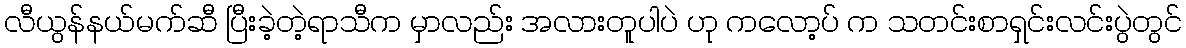
လီယွန်နယ်မက်ဆီ ပြီးခဲ့တဲ့ရာသီက မှာလည်း အလားတူပါပဲ ဟု ကလော့ပ် က သတင်းစာရှင်းလင်းပွဲတွင်